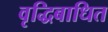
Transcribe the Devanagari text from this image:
वृद्धिबाधित